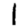
Digit: 1